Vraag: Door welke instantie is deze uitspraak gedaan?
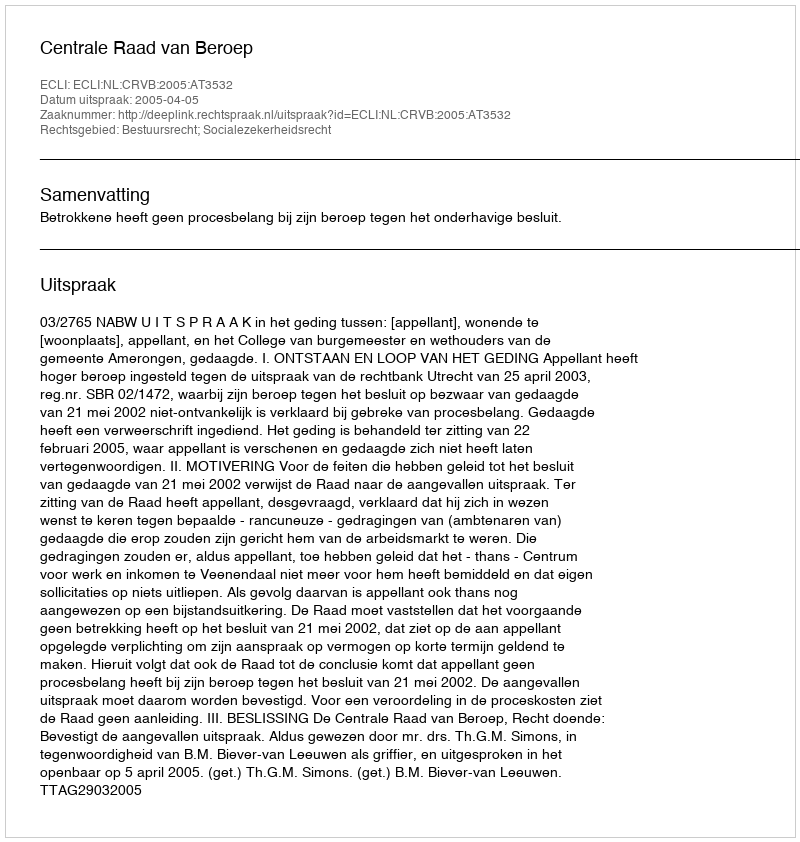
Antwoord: Centrale Raad van Beroep